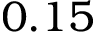
0 . 1 5